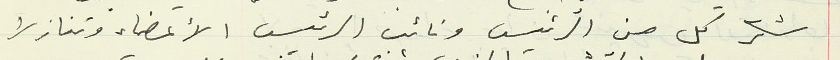
شكر كل من الرئيس ونائب الرئيس الأعضاء وتنازلا